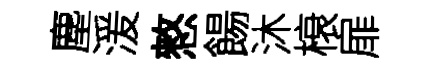
塵湲憗餳沐榱扉